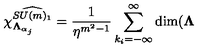
\chi _ { \mathbf { \Lambda } _ { \alpha _ { j } } } ^ { \widehat { S U ( m ) _ { 1 } } } = \frac { 1 } { \eta ^ { m ^ { 2 } - 1 } } \sum _ { k _ { i } = - \infty } ^ { \infty } \dim ( \mathbf { \Lambda }